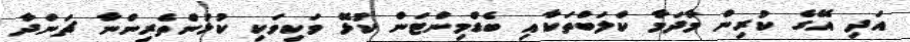
އަދި އޭގެ ކުރިން މާދަމާ ކްލަބްތަކާއި ބެޑްމިންޓަން ކުޅޭ ވަކިވަކި ކުޅުންތެރިންނާ ޗަންދާ